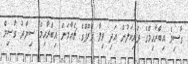
ގާސިމް އިބްރާހިމްގެ ދަރިކަލުން އަދި ވިލާ ގްރޫޕްގެ ޗެއާމަން އިބްރާހިމް ސިޔާދު ގާސިމް